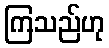
ကြသည်ဟု